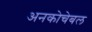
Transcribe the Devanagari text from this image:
अनकोचेबल